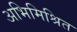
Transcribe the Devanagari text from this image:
अभिमिश्रित